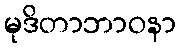
မုဒိတာဘာဝနာ